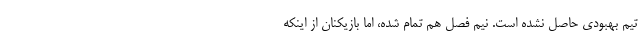
تیم بهبودی حاصل نشده است. نیم فصل هم تمام شده، اما بازیکنان از اینکه